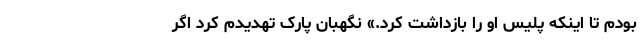
بودم تا اینکه پلیس او را بازداشت کرد.» نگهبان پارک تهدیدم کرد اگر